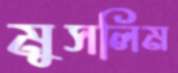
মুসলিম